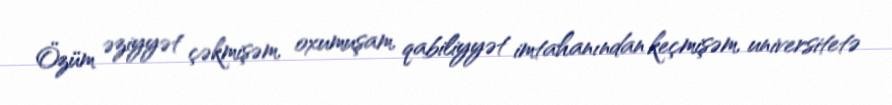
Özüm əziyyət çəkmişəm, oxumuşam, qabiliyyət imtahanından keçmişəm, universitetə